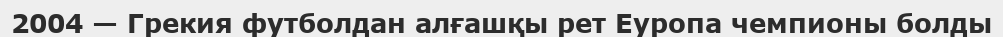
2004 — Грекия футболдан алғашқы рет Еуропа чемпионы болды